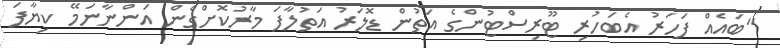
"ބައެއް ފަހަރު އެބަހުރި ޓޫރިސްޓުންގެ އަތުން ޑޮލަރު އަތުލާފަ މާރުކޮށްގެން އަންނާނަމޭ ކިޔާފަ